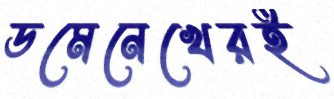
ডমেনেখেরই